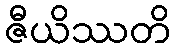
ဇီယိဿတိ